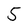
Character: 5